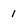
Character: 1